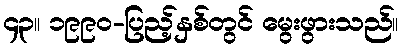
၄၃။ ၁၉၉၀-ပြည့်နှစ်တွင် မွေးဖွားသည်။